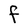
Character: F